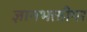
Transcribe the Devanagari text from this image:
ज्ञानभक्तीपर